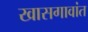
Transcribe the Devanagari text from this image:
खासगावांत